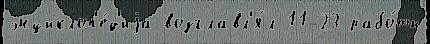
энциклоп'е́д'иjа возглавл'я́л 11-23 рабо́ты